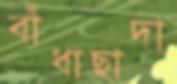
বাঁধাছাদা